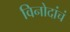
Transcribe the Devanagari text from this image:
विनोदांचं